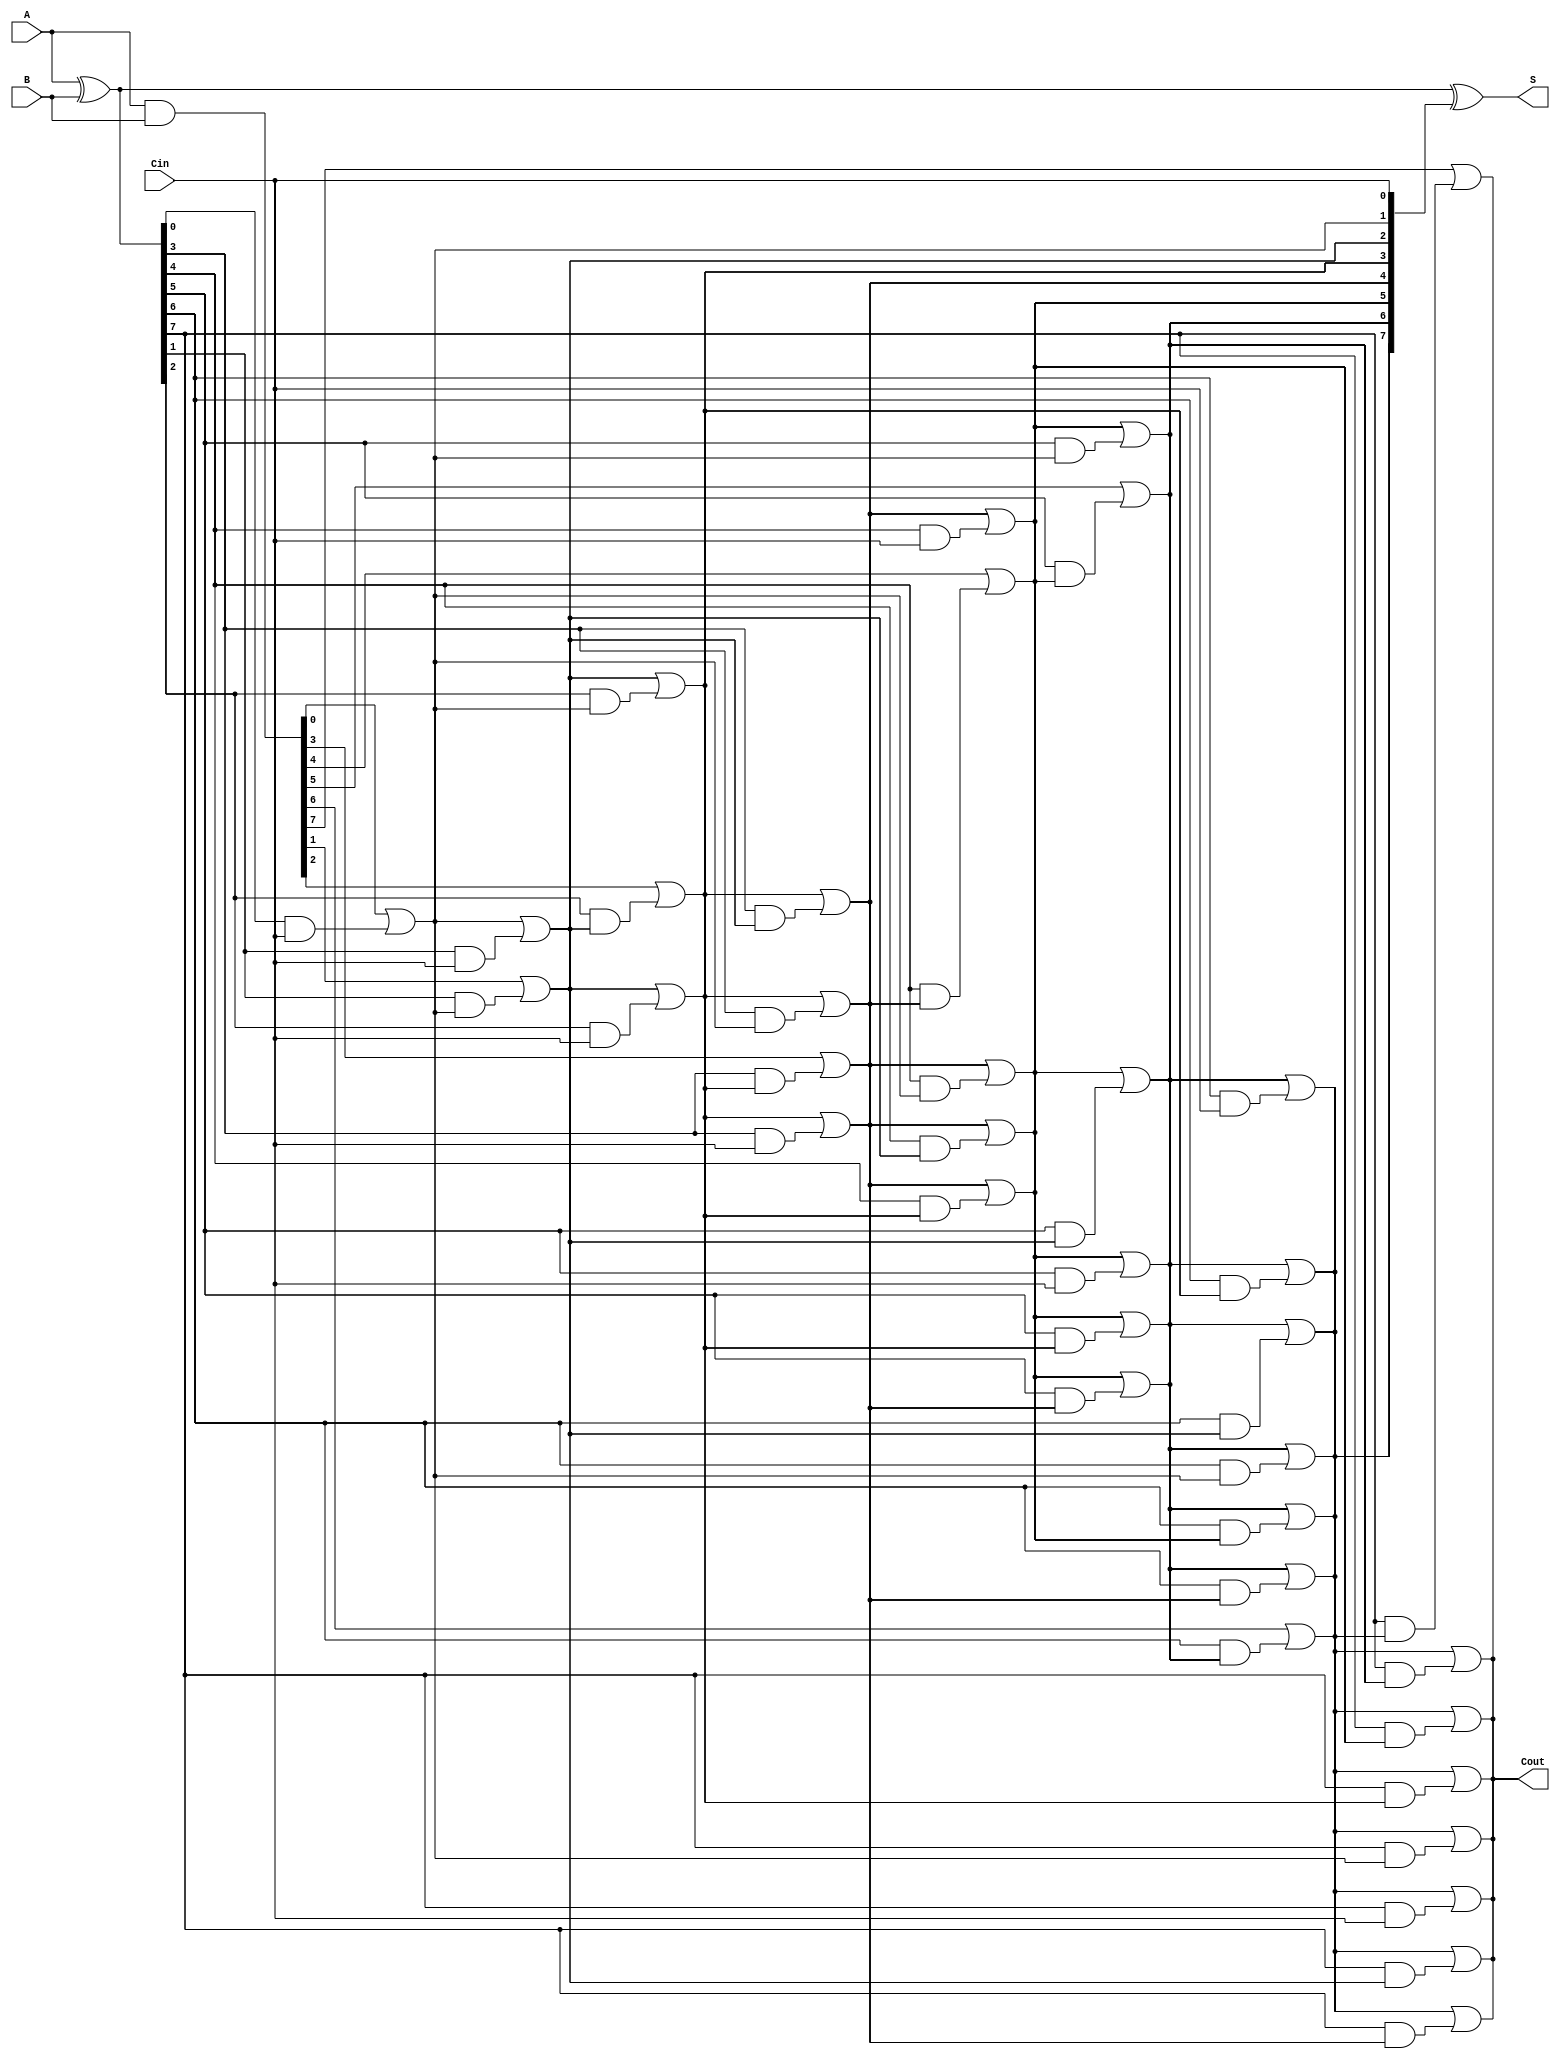
module SklanskyAdder #(parameter N = 8) (
    input  [N-1:0] A,      // First n-bit input
    input  [N-1:0] B,      // Second n-bit input
    input          Cin,     // Carry-in
    output [N-1:0] S,      // n-bit sum output
    output         Cout     // Carry-out
);

    // Generate and Propagate signals
    wire [N-1:0] G; // Generate signals
    wire [N-1:0] P; // Propagate signals
    wire [N:0] C;   // Carry signals

    // Generate and Propagate calculations
    assign G = A & B;          // G[i] = A[i] & B[i]
    assign P = A ^ B;          // P[i] = A[i] ^ B[i]

    // Carry calculations using Sklansky's method
    assign C[0] = Cin; // Initial carry-in

    genvar i, j;
    generate
        // Level 1: Compute carry signals for pairs of bits
        for (i = 0; i < N; i = i + 1) begin : level1
            if (i == 0) begin
                assign C[i + 1] = G[i] | (P[i] & C[0]);
            end else begin
                assign C[i + 1] = G[i] | (P[i] & C[i]);
            end
        end

        // Higher levels of carry generation
        for (j = 1; j < N; j = j + 1) begin : levels
            for (i = 0; i < N - j; i = i + 1) begin : carry_gen
                assign C[i + j + 1] = C[i + j] | (P[i + j] & C[i]);
            end
        end
    endgenerate

    // Sum calculation
    assign S = P ^ C[N-1:0]; // S[i] = P[i] ^ C[i]

    // Final carry-out
    assign Cout = C[N];

endmodule